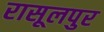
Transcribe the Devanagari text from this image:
रासूलपुर